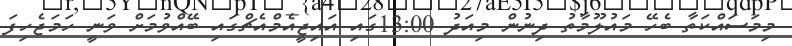
މިމަަސައްކަތާ ބެހޭ މައުލޫމާތު ދިނުން މިއަދު 13:00ގައި އައިޖީއެމްއެޗްގައި ބޭއްވުމަށް ވަނީ ހަމަޖެހިފަ